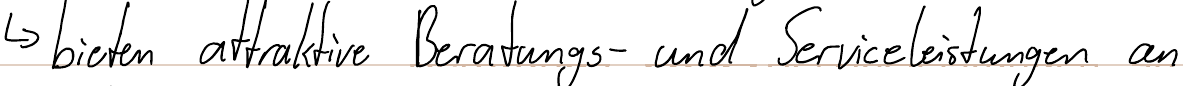
-> bieten attraktive Beratungs- und Serviceleistungen an